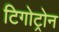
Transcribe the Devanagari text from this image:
टिगोट्रोन